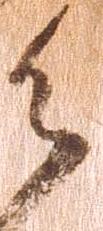
御